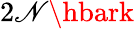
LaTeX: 2\mathscr{N}\hbark